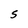
Character: S